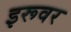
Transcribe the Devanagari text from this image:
इरूवर